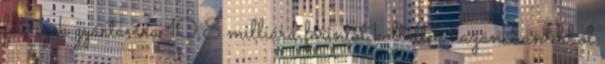
fel, ezek gyártására 10,8 milliárd forintot költöttek hazánkban ebből